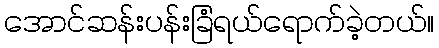
အောင်ဆန်းပန်းခြံရယ်ရောက်ခဲ့တယ်။